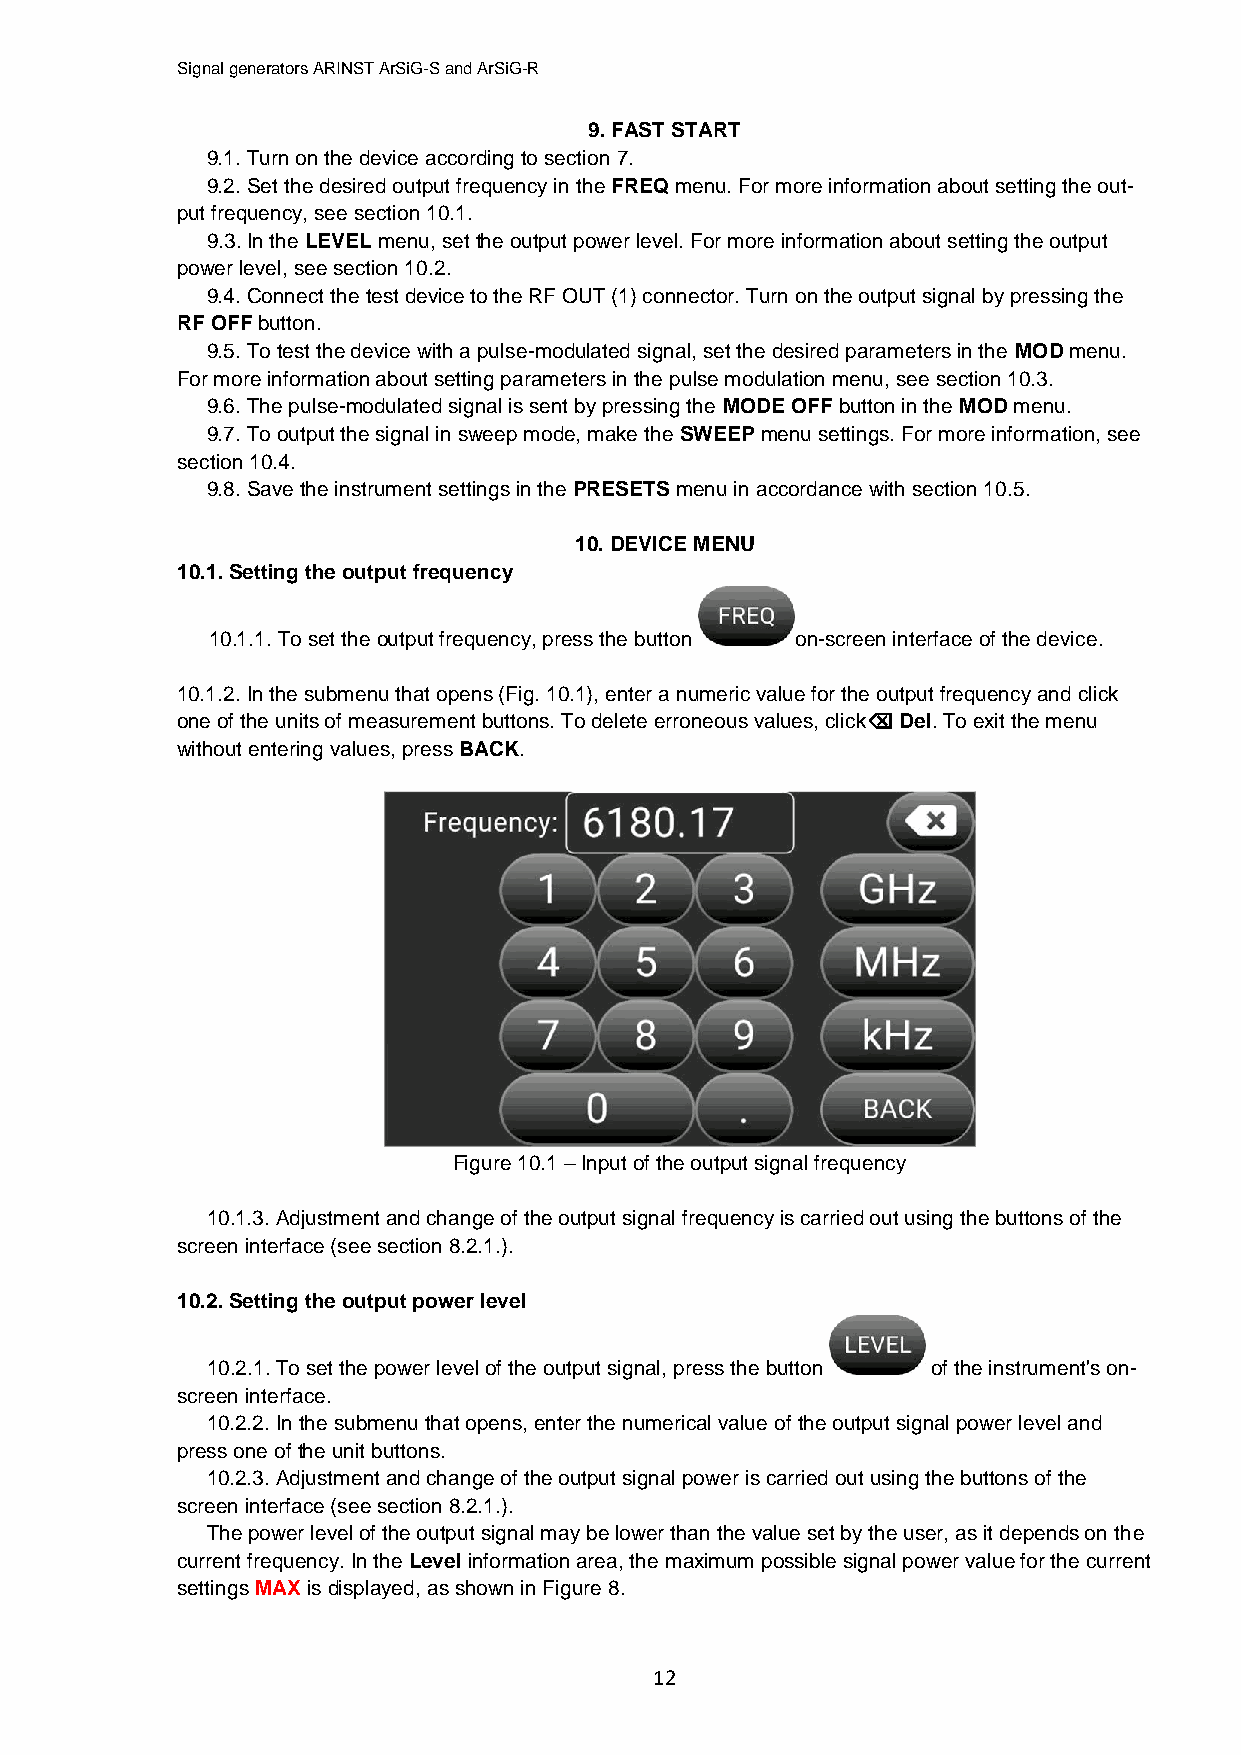
Signal generators ARINST ArSiG-S and ArSiG-R
 9. FAST START
 9.1. Turn on the device according to section 7.
 9.2. Set the desired output frequency in the FREQ menu. For more information about setting the out-
 put frequency, see section 10.1.
 9.3. In the LEVEL menu, set the output power level. For more information about setting the output
 power level, see section 10.2.
 9.4. Connect the test device to the RF OUT (1) connector. Turn on the output signal by pressing the
 RF OFF button.
 9.5. To test the device with a pulse-modulated signal, set the desired parameters in the MOD menu.
 For more information about setting parameters in the pulse modulation menu, see section 10.3.
 9.6. The pulse-modulated signal is sent by pressing the MODE OFF button in the MOD menu.
 9.7. To output the signal in sweep mode, make the SWEEP menu settings. For more information, see
 section 10.4.
 9.8. Save the instrument settings in the PRESETS menu in accordance with section 10.5.
 10. DEVICE MENU
 10.1. Setting the output frequency
 10.1.1. To set the output frequency, press the button on-screen interface of the device.
 10.1.2. In the submenu that opens (Fig. 10.1), enter a numeric value for the output frequency and click
 one of the units of measurement buttons. To delete erroneous values, click Del. To exit the menu
 without entering values, press BACK.
 Figure 10.1 – Input of the output signal frequency
 10.1.3. Adjustment and change of the output signal frequency is carried out using the buttons of the
 screen interface (see section 8.2.1.).
 10.2. Setting the output power level
 10.2.1. To set the power level of the output signal, press the button of the instrument's on-
 screen interface.
 10.2.2. In the submenu that opens, enter the numerical value of the output signal power level and
 press one of the unit buttons.
 10.2.3. Adjustment and change of the output signal power is carried out using the buttons of the
 screen interface (see section 8.2.1.).
 The power level of the output signal may be lower than the value set by the user, as it depends on the
 current frequency. In the Level information area, the maximum possible signal power value for the current
 settings MAX is displayed, as shown in Figure 8.
 12